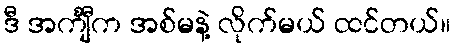
ဒီ အင်္ကျီက အစ်မနဲ့ လိုက်မယ် ထင်တယ်။